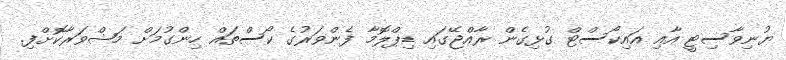
ޔުނިވާސިޓީ އާއި އައިކޯސްޓް ގުޅިގެން ރާއްޖޭގައި ޑިޕްލޮމާ ފެންވަރުގެ ކޯސްތައް ހިންގުމަށް މަޝްވަރާކޮށްފި.